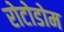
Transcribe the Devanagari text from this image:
रोटोडोम